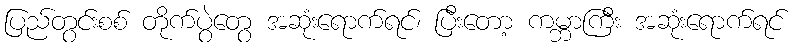
ပြည်တွင်းစစ် တိုက်ပွဲတွေ အဆုံးရောက်ရင်၊ ပြီးတော့ ကမ္ဘာကြီး အဆုံးရောက်ရင်